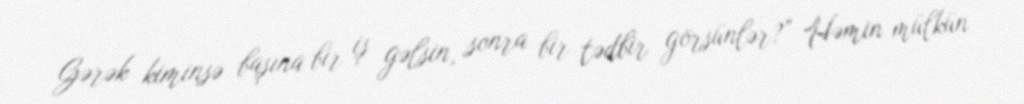
Gərək kiminsə başına bir iş gəlsin, sonra bir tədbir görsünlər?” Həmin mülkün